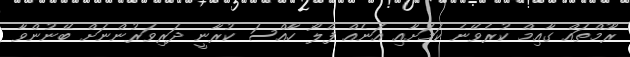
ރޫމްތައް ގާއިމް ކުރެވޭނެ ކަމަށާއި އަނެއް ފްލޯ ހާއްސަ ކުރާނީ ދަރިވަރުންނަށް ބޭނުންވާ